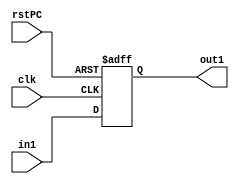
// EECE3324 Computer Architecture
// Basic Project
// Tim Liming & Wing Tung Yuen

// Program Counter file

module ProgramCounter(in1, clk, rstPC, out1);
  
  input [31:0] in1;
  input clk, rstPC;
  output reg [31:0] out1;
  
  // handle output and reset case
  always @ (posedge clk or posedge rstPC) begin
    if (rstPC)
      out1 <= 4096;
    else
      out1 <= in1;
  end
  
endmodule